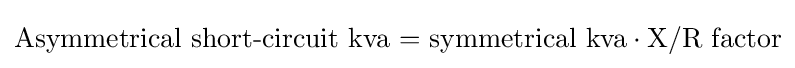
{\text{Asymmetrical short-circuit kva = symmetrical kva}}\cdot {\text{X/R factor}}